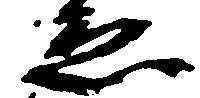
ゑ